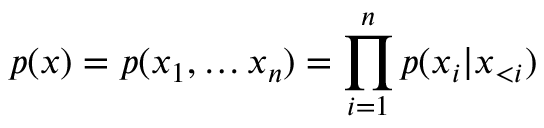
p ( \boldsymbol { x } ) = p ( x _ { 1 } , \dots x _ { n } ) = \prod _ { i = 1 } ^ { n } p ( x _ { i } | \boldsymbol { x } _ { < i } )